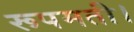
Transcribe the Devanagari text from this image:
रूपमती।